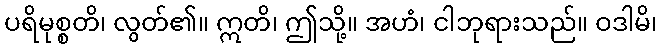
ပရိမုစ္စတိ၊ လွတ်၏။ ဣတိ၊ ဤသို့။ အဟံ၊ ငါဘုရားသည်။ ဝဒါမိ၊